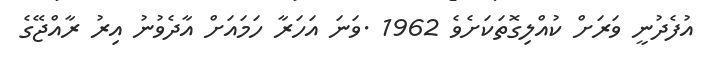
އުފެދުނީ ވަރަށް ކުއްލިގޮތަކަށެވެ 1962 .ވަނަ އަހަރާ ހަމައަށް އާދެވުނު އިރު ރާއްޖޭގެ